Triennial report on the lunatic asylums in the province of Eastern Bengal and Assam - 1903-1911
Year: 1903
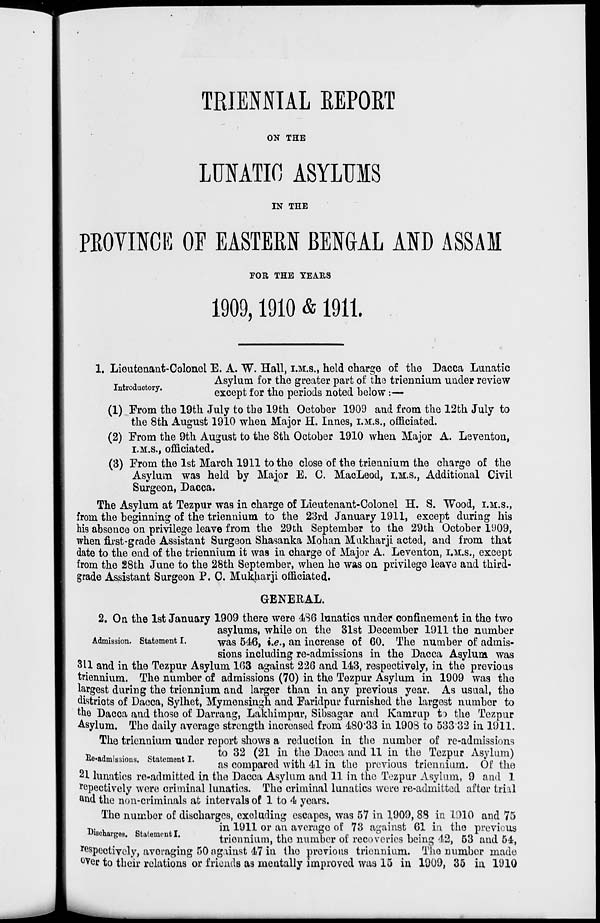
TRIENNIAL REPORT
ON THE
LUNATIC ASYLUMS
IN THE
PROVINCE OF EASTERN BENGAL AND ASSAM
FOR THE YEARS
1909, 1910 & 1911.
Introductory.
1. Lieutenant-Colonel E. A. W. Hall, I.M.S., held charge of the Dacca Lunatic
Asylum for the greater part of the triennium under review
except for the periods noted below :—
(1) From the 19th July to the 19th October 1909 and from the 12th July to
the 8th August 1910 when Major H. Innes, I.M.S., officiated.
(2) From the 9th August to the 8th October 1910 when Major A. Leventon,
I.M.S., officiated.
(3) From the 1st March 1911 to the close of the triennium the charge of the
Asylum was held by Major E. C. MacLeod, I.M.S., Additional Civil
Surgeon, Dacca.
The Asylum at Tezpur was in charge of Lieutenant-Colonel H. S. Wood, I.M.S.,
from the beginning of the triennium to the 23rd January 1911, except during his
his absence on privilege leave from the 29th September to the 29th October 1909,
when first-grade Assistant Surgeon Shasanka Mohan Mukharji acted, and from that
date to the end of the triennium it was in charge of Major A. Leventon, I.M.S., except
from the 28th June to the 28th September, when he was on privilege leave and third-
grade Assistant Surgeon P. C. Mukharji officiated.
GENERAL.
Admission. Statement I.
2. On the 1st January 1909 there were 486 lunatics under confinement in the two
asylums, while on the 31st December 1911 the number
was 546, i.e., an increase of 60. The number of admis-
sions including re-admissions in the Dacca Asylum was
311 and in the Tezpur Asylum 163 against 226 and 143, respectively, in the previous
triennium. The number of admissions (70) in the Tezpur Asylum in 1909 was the
largest during the triennium and larger than in any previous year. As usual, the
districts of Dacca, Sylhet, Mymensingh and Faridpur furnished the largest number to
the Dacca and those of Darrang, Lakhimpur, Sibsagar and Kamrup to the Tezpur
Asylum. The daily average strength increased from 480.33 in 1908 to 533.32 in 1911.
Re-admissions. Statement I.
The triennium under report shows a reduction in the number of re-admissions
to 32 (21 in the Dacca and 11 in the Tezpur Asylum)
as compared with 41 in the previous triennium. Of the
21 lunatics re-admitted in the Dacca Asylum and 11 in the Tezpur Asylum, 9 and 1
repectively were criminal lunatics. The criminal lunatics were re-admitted after trial
and the non-criminals at intervals of 1 to 4 years.
Discharges. Statement I.
The number of discharges, excluding escapes, was 57 in 1909, 88 in 1910 and 75
in 1911 or an average of 73 against 61 in the previous
triennium, the number of recoveries being 42, 53 and 54,
respectively, averaging 50 against 47 in the previous triennium. The number made
over to their relations or friends as mentally improved was 15 in 1909, 35 in 1910